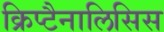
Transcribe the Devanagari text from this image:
क्रिप्टैनालिसिस